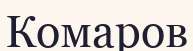
Комаров